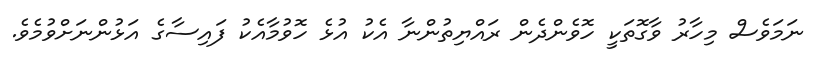
ނަމަވެސް މިހާރު ވާގޮތަކީ ހޮވެންދެން ރައްޔިތުންނާ އެކު އުޅެ ހޮވުމާއެކު ފައިސާގެ އަޅުންނަށްވުމެވެ.